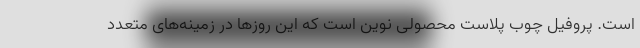
است. پروفیل چوب پلاست محصولی نوین است که این روزها در زمینه‌های متعدد